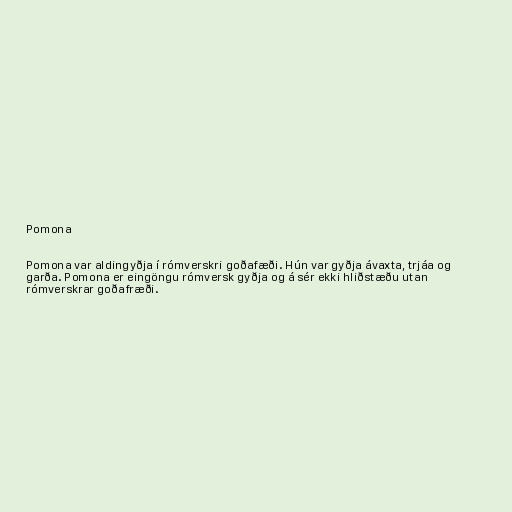
Pomona

Pomona var aldingyðja í rómverskri goðafæði. Hún var gyðja ávaxta, trjáa og
garða. Pomona er eingöngu rómversk gyðja og á sér ekki hliðstæðu utan
rómverskrar goðafræði.